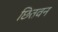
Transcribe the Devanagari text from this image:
छितवन